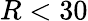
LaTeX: R<30